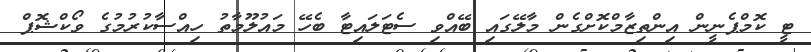
ޓީ ކޮމްޕެނީން އިންތިޒާމްކޮށްގެން މާލޭގައި ބޭއްވި ސެޓަލައިޓާ ބެހޭ މައުލޫމާތު ހިއްސާކުރުމުގެ ވޯކްޝޮޕް